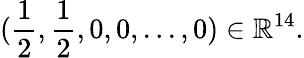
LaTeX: (\frac 12,\frac 12,0,0,...,0)\in\mathbb{R}^{14}.